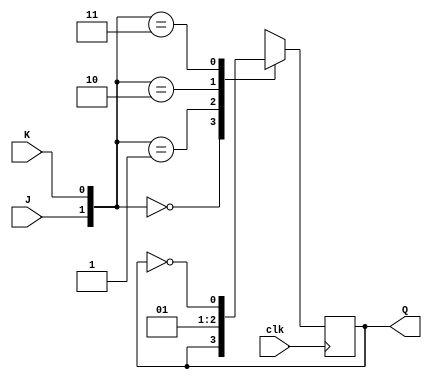
`timescale 1ns / 1ps
//////////////////////////////////////////////////////////////////////////////////

// ID          : N180116
//Branch       : ECE
//Project Name : RTL design using Verilog
//Design  Name : T FLIP FLOP USING JK FLIP FLOP --> JK TO T FF CONVERSION
//Module  Name : JK_FF
//RGUKT NUZVID 
//////////////////////////////////////////////////////////////////////////////////


module JK_FF(clk,J,K,Q);
input clk,J,K;
output reg Q=0;

always@(posedge clk) begin
     case({J,K})
   2'b00   :   Q<=Q;
   2'b01   :   Q<=1'b0;
   2'b10   :   Q<=1'b1;
   2'b11   :   Q<=~Q;
    endcase
end
endmodule